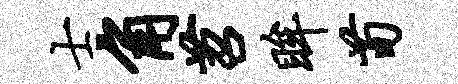
士角苕眸荀